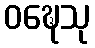
ဝဍ္ဎေသု